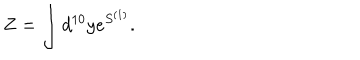
Z = \int d ^ { 1 0 } y e ^ { S ^ { ( 1 ) } } .